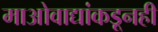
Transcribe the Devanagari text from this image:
माओवाद्यांकडूनही